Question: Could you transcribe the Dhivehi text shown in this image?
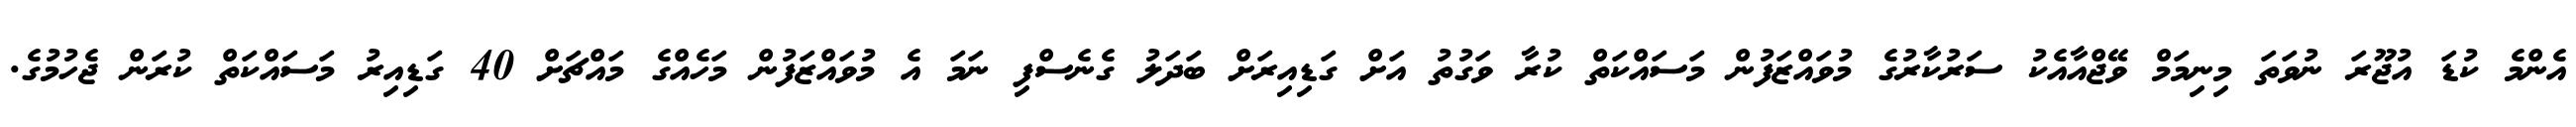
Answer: އެންމެ ކުޑަ އުޖޫރަ ނުވަތަ މިނިމަމް ވޭޖްއާއެކު ސަރުކާރުގެ މުވައްޒަފުން މަސައްކަތް ކުރާ ވަގުތު އަށް ގަޑިއިރަށް ބަދަލު ގެނެސްފި ނަމަ އެ މުވައްޒަފުން މަހެއްގެ މައްޗަށް 40 ގަޑިއިރު މަސައްކަތް ކުރަން ޖެހުމުގެ.